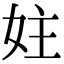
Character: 妵